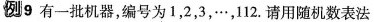
例9 有一批机器，编号为1，2，3，…，112.请用随机数表法